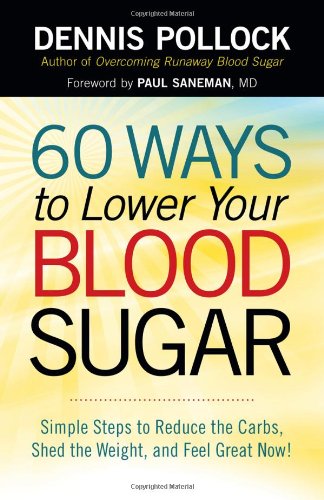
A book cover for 60 Ways to Lower Your Blood Sugar: Simple Steps to Reduce the Carbs, Shed the Weight, and Feel Great Now!; Dennis Pollock; Health, Fitness & Dieting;